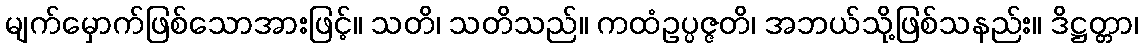
မျက်မှောက်ဖြစ်သောအားဖြင့်။ သတိ၊ သတိသည်။ ကထံဥပ္ပဇ္ဇတိ၊ အဘယ်သို့ဖြစ်သနည်း။ ဒိဋ္ဌတ္တာ၊